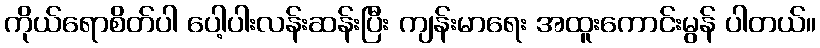
ကိုယ်ရောစိတ်ပါ ပေါ့ပါးလန်းဆန်းပြီး ကျန်းမာရေး အထူးကောင်းမွန် ပါတယ်။